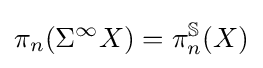
\pi _{n}(\Sigma ^{\infty }X)=\pi _{n}^{\mathbb {S} }(X)